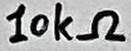
Text: 10kΩ